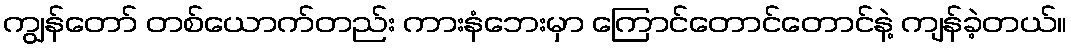
ကျွန်တော် တစ်ယောက်တည်း ကားနံဘေးမှာ ကြောင်တောင်တောင်နဲ့ ကျန်ခဲ့တယ်။